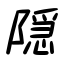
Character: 隠